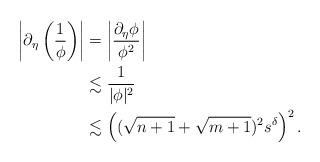
LaTeX: \begin{align*}\left|\partial_{\eta}\left(\frac{1}{\phi}\right)\right|&=\left|\frac{\partial_{\eta}\phi}{\phi^2}\right|\\&\lesssim \frac{1}{|\phi|^2}\\&\lesssim \left((\sqrt{n+1}+\sqrt{m+1})^{2}s^\delta\right)^2.\end{align*}